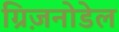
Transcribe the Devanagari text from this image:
ग्रिज़नोडेल